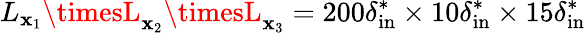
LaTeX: L_{\mathbf{x}_{1}}\timesL_{\mathbf{x}_{2}}\timesL_{\mathbf{x}_{3}}=200\delta_{\mathrm{{in}}}^{*}\times10\delta_{\mathrm{{in}}}^{*}\times15\delta_{\mathrm{{in}}}^{*}